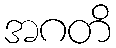
အဂတိ